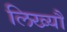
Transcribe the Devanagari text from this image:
लिख्यौ